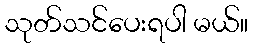
သုတ်သင်ပေးရပါ မယ်။